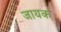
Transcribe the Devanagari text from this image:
जायक